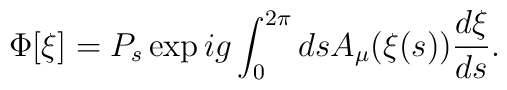
\Phi[\xi] = P_s \exp ig \int_0^{2 \pi} ds A_\mu(\xi(s)) \frac{d\xi}{ds}.